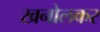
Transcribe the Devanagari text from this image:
खनोलकर